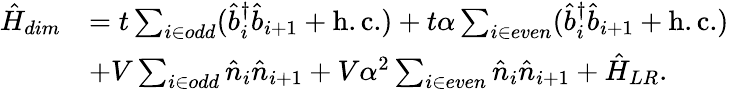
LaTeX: \begin{array}{rl}{\hat{H}_{dim}}&{=t\sum_{i\in odd}(\hat{b}_{i}^{\dagger}\hat{b}_{i+1}+\mathrm{h.c.})+t\alpha\sum_{i\in even}(\hat{b}_{i}^{\dagger}\hat{b}_{i+1}+\mathrm{h.c.})}\\ &{+V\sum_{i\in odd}\hat{n}_{i}\hat{n}_{i+1}+V\alpha^{2}\sum_{i\in even}\hat{n}_{i}\hat{n}_{i+1}+\hat{H}_{LR}.}\end{array}